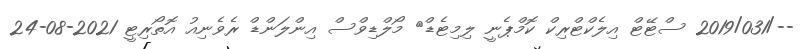
--/2019/031 ސްޓޭޓް އިލެކްޓްރިކް ކޮމްޕެނީ ލިމިޓެޑް	 މޯލްޑިވްސް އިންލަންޑް ރެވެނިއު އޮތޯރިޓީ 2021-08-24